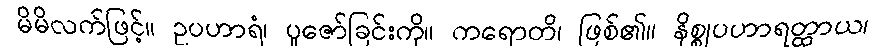
မိမိလက်ဖြင့်။ ဥပဟာရံ၊ ပူဇော်ခြင်းကို။ ကရောတိ၊ ဖြစ်၏။ နိစ္စုပဟာရတ္ထာယ၊